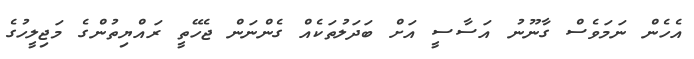
އެހެން ނަމަވެސް ގާނޫނު އަސާސީ އަށް ބަދަލުތަކެއް ގެންނަން ޖެހޭތީ ރައްޔިތުންގެ މަޖިލީހުގެ